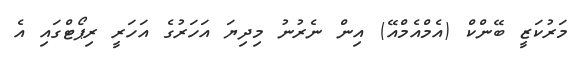
މަރުކަޒީ ބޭންކް (އެމްއެމްއޭ) އިން ނެރުނު މިދިޔަ އަހަރުގެ އަހަރީ ރިޕޯޓްގައި އެ